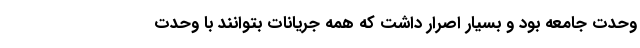
وحدت جامعه بود و بسیار اصرار داشت که همه جریانات بتوانند با وحدت